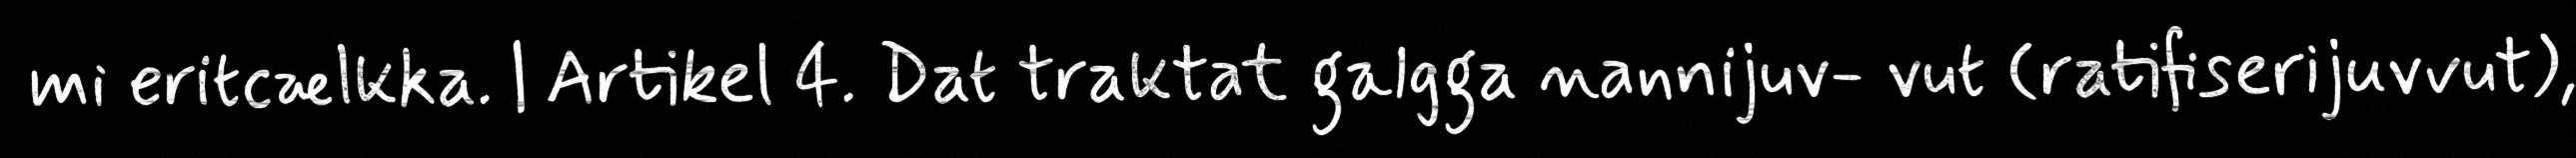
mi eritcælkka. | Artikel 4. Dat traktat galgga nannijuv- vut (ratifiserijuvvut),